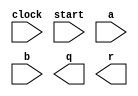
module Division(
	input         clock,
	input         start,
	input  [31:0] a,
	input  [31:0] b,
	output [31:0] q,
	output [31:0] r
);

	// TODO Implementierung

endmodule